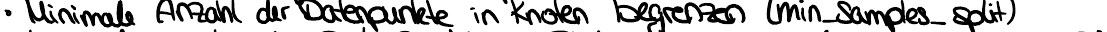
- Minimale Anzahl der Datenpunkte in Knoten begrenzen (min_samples_split)